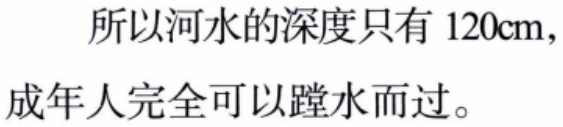
所以河水的深度只有 \(120\text{cm}\)，成年人完全可以蹚水而过。